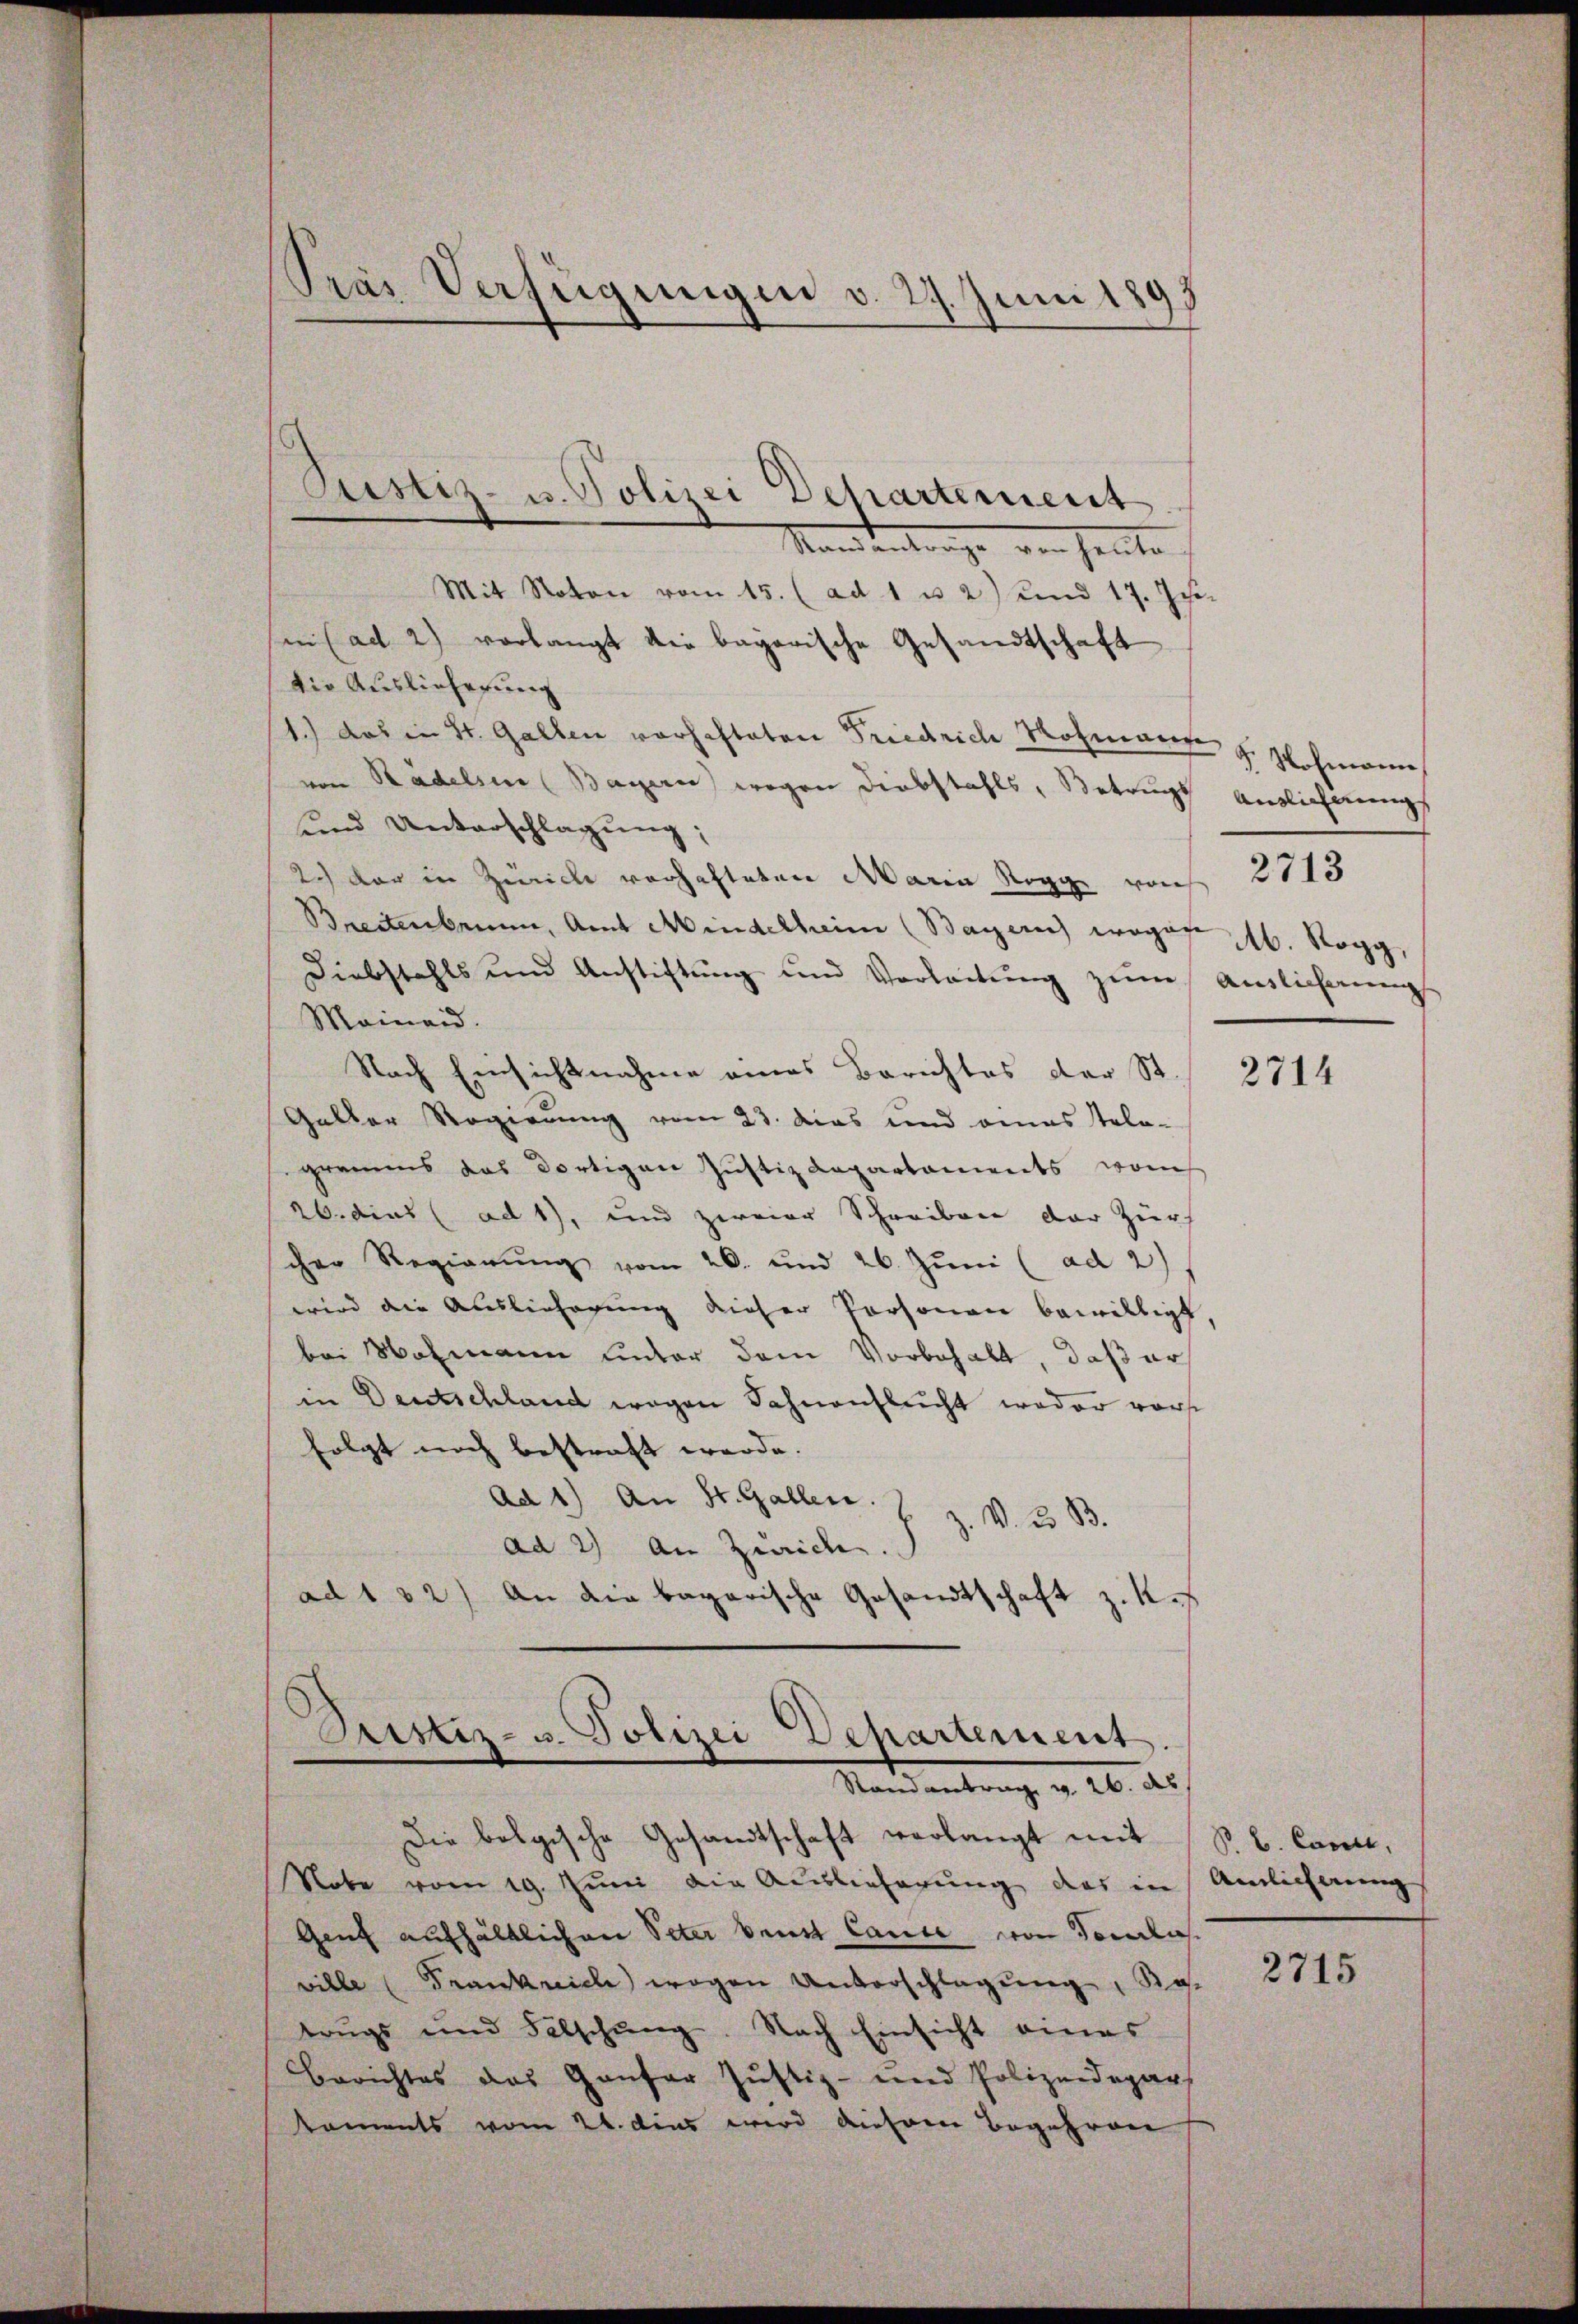
Pras Verfügungen v. 29. Juni 1895

Mit Noton vom 15. (ad 1 u 2) und 17. Jusen (ad 2) vorlangt die bayerische Gesandtschaft
Die Auslieferung
1.) das in St. Gallen vorhafteten Friedrich Rohmann z. Wohmann,
von Radelsen (Bayerne wegen Diebstahls, Betrugs Auslicherungs
und Unterschlagung;
2ch der in Zürich vorhafteten Maria Rogge von
Breitenbrunn, Amt Mindelheim (Bayern) wogen 16. Rogg,
Diebstahls und Anstiftŭng und Verleitŭng zŭm Auslicherung
Mainand.
Nach Einsichtnahme eines Berichtes der St. 2714
Galler Regierung vom 23. das und eines Stola-
gramms das dortigen Justiz Rapartaments von
26. dies ad 1), und zweier Schreiben der Zürch
cher Regierung vom 20. und 26. Juni (ad 2)
wird die Auslieferung dieser Vorsonen bewilligt,
bei Wolmann unter dem Vorbehalt, daß er
in Deutschland wegen Fahnenflecht weder vors
folgt noch bestraft werde.
Ad 1) An St. Gallen.
z. V. 3 B.
ad 2) An Zwicke.
ad 102) An die bagarische Gesandtschaft z. K.

Justiz- u. Polizei Departement
Mandentrage von heute

Sistiz- u. Polizei Dehartement.
e
Randantrag v. 26. d.

Die bolgische Gesandtschaft verlangt mit (S. B. Cance,
Nobe vom 19. Juni die Auslieferung des in
Genf aufhältlichen Peter bene Cance von Toulisville (Trankreich wegen Unterschlagung, Ko
trugs und Fälschŭng. Nach Einsicht eines
Berichtes das Ganfer Justiz- und Polizeidepar
koments vom 21. dies wird diesem Begehren

2713

Ainlicherung

2715